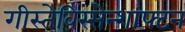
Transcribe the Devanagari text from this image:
गीस्तेविस्सेन्शाफ्टन